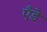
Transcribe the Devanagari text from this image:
एँडे